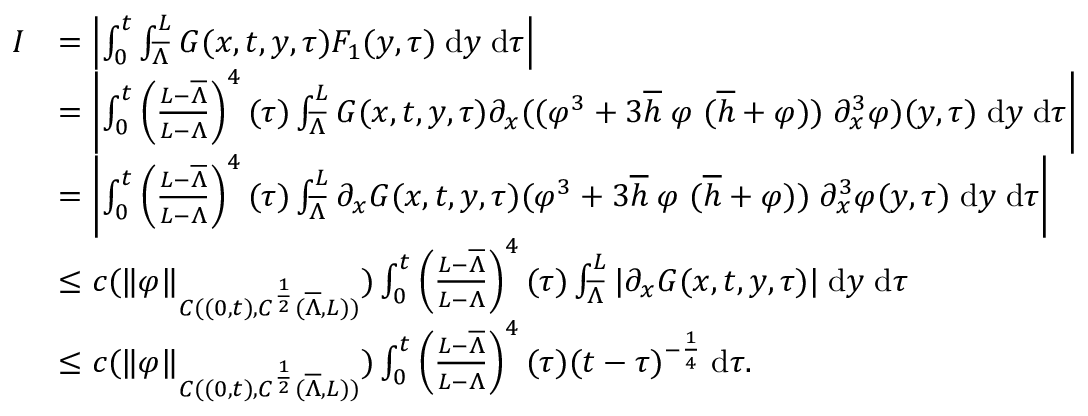
\begin{array} { r l } { I } & { = \left| \int \displaylimits _ { 0 } ^ { t } \int \displaylimits _ { \overline { { \Lambda } } } ^ { L } G ( x , t , y , \tau ) F _ { 1 } ( y , \tau ) \; \mathrm { d } y \; \mathrm { d } \tau \right| } \\ & { = \left| \int \displaylimits _ { 0 } ^ { t } { \left( \frac { L - \overline { { \Lambda } } } { L - \Lambda } \right) ^ { 4 } ( \tau ) } \int \displaylimits _ { \overline { { \Lambda } } } ^ { L } G ( x , t , y , \tau ) \partial _ { x } ( ( \varphi ^ { 3 } + 3 \overline { { h } } \; \varphi \; ( \overline { { h } } + \varphi ) ) \; \partial _ { x } ^ { 3 } \varphi ) ( y , \tau ) \; \mathrm { d } y \; \mathrm { d } \tau \right| } \\ & { = \left| \int \displaylimits _ { 0 } ^ { t } { \left( \frac { L - \overline { { \Lambda } } } { L - \Lambda } \right) ^ { 4 } ( \tau ) } \int \displaylimits _ { \overline { { \Lambda } } } ^ { L } \partial _ { x } G ( x , t , y , \tau ) ( \varphi ^ { 3 } + 3 \overline { { h } } \; \varphi \; ( \overline { { h } } + \varphi ) ) \; \partial _ { x } ^ { 3 } \varphi ( y , \tau ) \; \mathrm { d } y \; \mathrm { d } \tau \right| } \\ & { \le c ( \| \varphi \| _ { C ( ( 0 , t ) , C ^ { \frac { 1 } { 2 } } ( \overline { { \Lambda } } , L ) ) } ) \int \displaylimits _ { 0 } ^ { t } { \left( \frac { L - \overline { { \Lambda } } } { L - \Lambda } \right) ^ { 4 } ( \tau ) } \int \displaylimits _ { \overline { { \Lambda } } } ^ { L } | \partial _ { x } G ( x , t , y , \tau ) | \; \mathrm { d } y \; \mathrm { d } \tau } \\ & { \le c ( \| \varphi \| _ { C ( ( 0 , t ) , C ^ { \frac { 1 } { 2 } } ( \overline { { \Lambda } } , L ) ) } ) \int \displaylimits _ { 0 } ^ { t } { \left( \frac { L - \overline { { \Lambda } } } { L - \Lambda } \right) ^ { 4 } ( \tau ) ( t - \tau ) ^ { - \frac { 1 } { 4 } } \; \mathrm { d } \tau } . } \end{array}